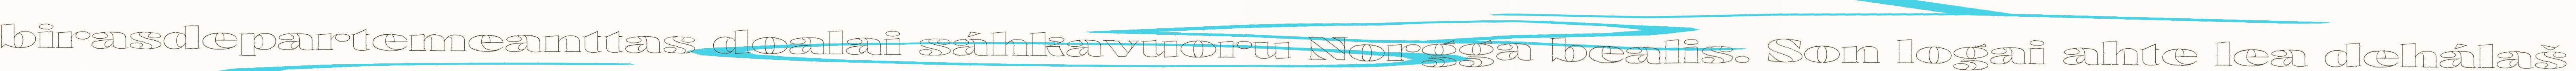
birasdepartemeanttas doalai sáhkavuoru Norgga bealis. Son logai ahte lea dehálaš